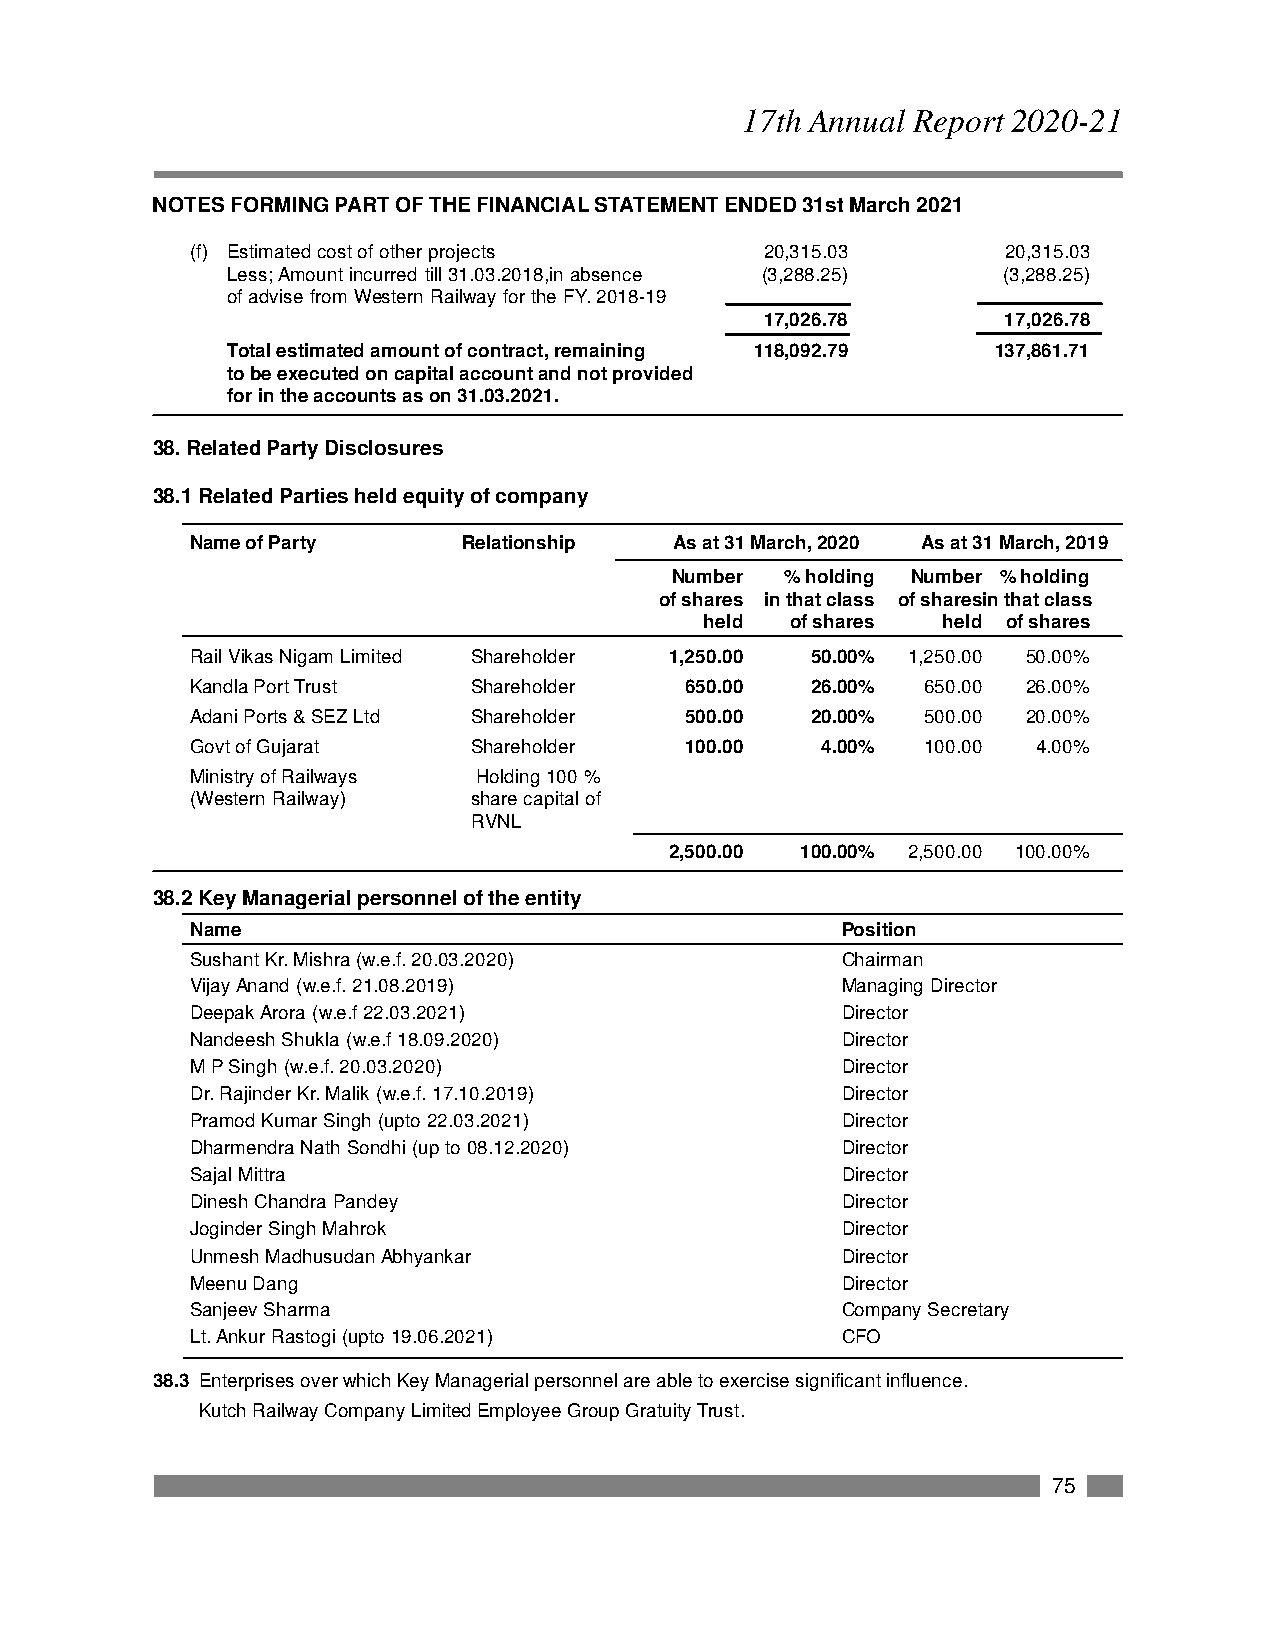
17th Annual Report 2020-21
 NOTES FORMING PART OF THE FINANCIAL STATEMENT ENDED 31st March 2021
 (f) Estimated cost of other projects  20,315.03       20,315.03
 Less; Amount incurred till 31.03.2018,in absence (3,288.25) (3,288.25)
 of advise from Western Railway for the FY. 2018-19
 17,026.78       17,026.78
 Total estimated amount of contract, remaining 118,092.79 137,861.71
 to be executed on capital account and not provided
 for in the accounts as on 31.03.2021.
 38. Related Party Disclosures
 38.1 Related Parties held equity of company
 Name of Party     Relationship  As at 31 March, 2020 As at 31 March, 2019
 Number  % holding Number % holding
 of shares in that class of sharesin that class
 held of shares held of shares
 Rail Vikas Nigam Limited Shareholder 1,250.00 50.00% 1,250.00 50.00%
 Kandla Port Trust Shareholder   650.00   26.00% 650.00 26.00%
 Adani Ports & SEZ Ltd Shareholder 500.00 20.00% 500.00 20.00%
 Govt of Gujarat   Shareholder   100.00   4.00%  100.00  4.00%
 Ministry of Railways Holding 100 %
 (Western Railway) share capital of
 RVNL
 2,500.00 100.00% 2,500.00 100.00%
 38.2 Key Managerial personnel of the entity
 Name                                       Position
 Sushant Kr. Mishra (w.e.f. 20.03.2020)     Chairman
 Vijay Anand (w.e.f. 21.08.2019)            Managing Director
 Deepak Arora (w.e.f 22.03.2021)            Director
 Nandeesh Shukla (w.e.f 18.09.2020)         Director
 M P Singh (w.e.f. 20.03.2020)              Director
 Dr. Rajinder Kr. Malik (w.e.f. 17.10.2019) Director
 Pramod Kumar Singh (upto 22.03.2021)       Director
 Dharmendra Nath Sondhi (up to 08.12.2020)  Director
 Sajal Mittra                               Director
 Dinesh Chandra Pandey                      Director
 Joginder Singh Mahrok                      Director
 Unmesh Madhusudan Abhyankar                Director
 Meenu Dang                                 Director
 Sanjeev Sharma                             Company Secretary
 Lt. Ankur Rastogi (upto 19.06.2021)        CFO
 38.3 Enterprises over which Key Managerial personnel are able to exercise significant influence.
 Kutch Railway Company Limited Employee Group Gratuity Trust.
 75